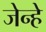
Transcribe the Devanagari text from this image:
जेन्हे